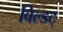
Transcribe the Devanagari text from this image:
विल्डट्